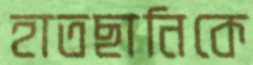
হাতছানিকে